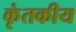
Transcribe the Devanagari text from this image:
कृंतकीय